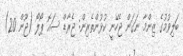
ބަލިވުމުގެ ޒިންމާ ނަގަން ޖެހޭނީ ކުޅުންތެރިން: ޖެރާޑް ސައޮ ޕޯލޯ (ޖޫން 20)